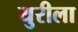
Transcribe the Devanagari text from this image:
युरीला